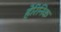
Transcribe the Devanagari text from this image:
हेरिनिक